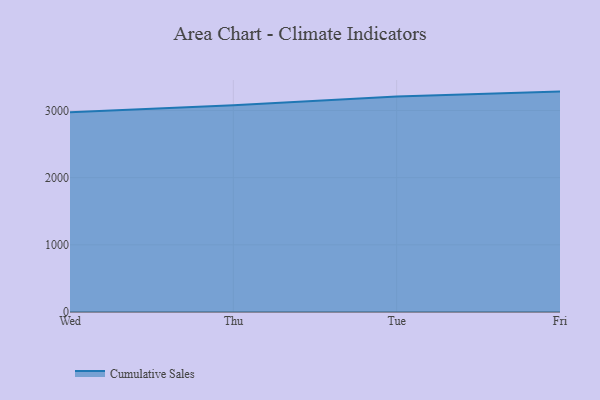
{"axis": {"x": "Day", "y": "Active Users"}, "legend": ["Cumulative Sales"], "data": [{"x": "Wed", "y": 2973.2, "type": "Cumulative Sales"}, {"x": "Thu", "y": 3076.4, "type": "Cumulative Sales"}, {"x": "Tue", "y": 3209.4, "type": "Cumulative Sales"}, {"x": "Fri", "y": 3281.4, "type": "Cumulative Sales"}]}